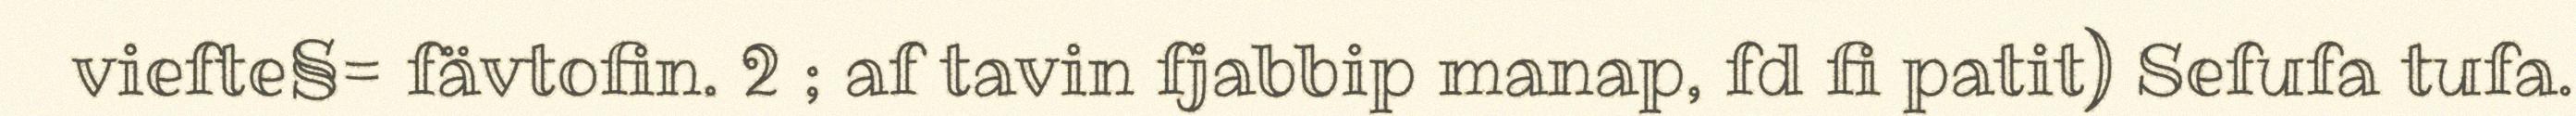
viefte§= fävtofin. 2 ; af tavin fjabbip manap, fd fi patit) Sefufa tufa.